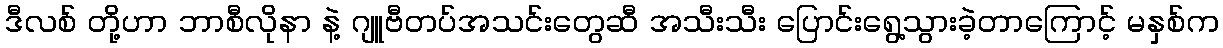
ဒီလစ် တို့ဟာ ဘာစီလိုနာ နဲ့ ဂျူဗီတပ်အသင်းတွေဆီ အသီးသီး ပြောင်းရွေ့သွားခဲ့တာကြောင့် မနှစ်က